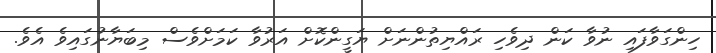
ހިންގަވާފައި ނުވާ ކަން ދިވެހި ރައްޔިތުންނަށް ޔަގީންކޮށް އަރުވާ ކަމަށްވެސް މިބަޔާނުގައިވެ އެވެ.